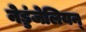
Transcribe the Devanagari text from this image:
नेड्डंजेलियन्